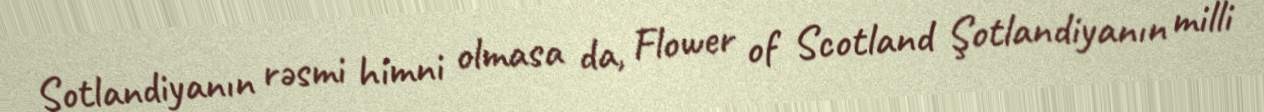
Şotlandiyanın rəsmi himni olmasa da, Flower of Scotland Şotlandiyanın milli